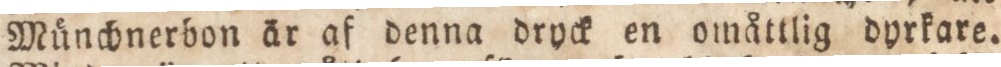
Münchnerbon är af denna dryck en omåttlig dyrkare.